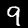
Label: 9